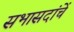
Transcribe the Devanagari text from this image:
सभासदांचें